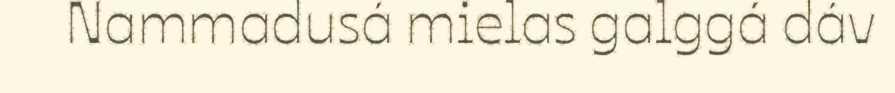
Nammadusá mielas galggá dáv